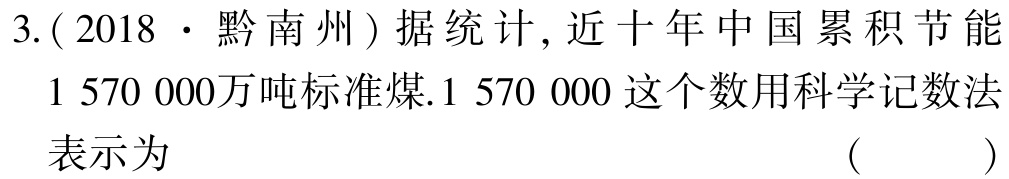
3.( 2018 · 黔南州 ) 据统计, 近十年中国累积节能

$1\ 570\ 000$万吨标准煤.$1\ 570\ 000$ 这个数用科学记数法

表示为 （  ）